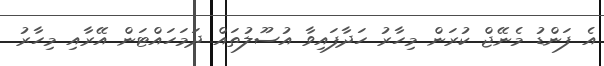
އެ ފަންޑު މެނޭޖް ކުރަން މިހާރު ހަދާފައިވާ އުސޫލުތައް ދަމަހައްޓަން އޭރާއި މިހާރު